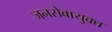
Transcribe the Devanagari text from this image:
जनसेवायुक्‍त